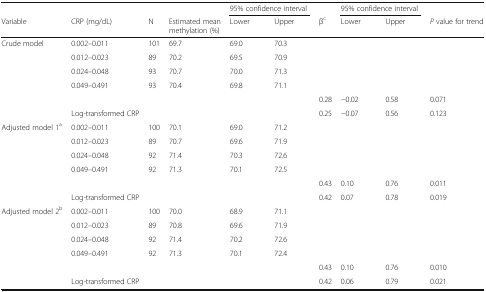
<table><thead><tr><td></td><td></td><td></td><td></td><td colspan="2"><b>95% confidence interval</b></td><td></td><td colspan="2"><b>95% confidence interval</b></td><td></td></tr><tr><td><b>Variable</b></td><td><b>CRP (mg/dL)</b></td><td><b>N</b></td><td><b>Estimated mean methylation (%)</b></td><td><b>Lower</b></td><td><b>Upper</b></td><td><b>β<sup>c</sup></b></td><td><b>Lower</b></td><td><b>Upper</b></td><td><b><i>P</i> value for trend</b></td></tr></thead><tbody><tr><td>Crude model</td><td>0.002–0.011</td><td>101</td><td>69.7</td><td>69.0</td><td>70.3</td><td></td><td></td><td></td><td></td></tr><tr><td></td><td>0.012–0.023</td><td>89</td><td>70.2</td><td>69.5</td><td>70.9</td><td></td><td></td><td></td><td></td></tr><tr><td></td><td>0.024–0.048</td><td>93</td><td>70.7</td><td>70.0</td><td>71.3</td><td></td><td></td><td></td><td></td></tr><tr><td></td><td>0.049–0.491</td><td>93</td><td>70.4</td><td>69.8</td><td>71.1</td><td></td><td></td><td></td><td></td></tr><tr><td></td><td></td><td></td><td></td><td></td><td></td><td>0.28</td><td>−0.02</td><td>0.58</td><td>0.071</td></tr><tr><td></td><td>Log-transformed CRP</td><td></td><td></td><td></td><td></td><td>0.25</td><td>−0.07</td><td>0.56</td><td>0.123</td></tr><tr><td>Adjusted model 1<sup>a</sup></td><td>0.002–0.011</td><td>100</td><td>70.1</td><td>69.0</td><td>71.2</td><td></td><td></td><td></td><td></td></tr><tr><td></td><td>0.012–0.023</td><td>89</td><td>70.7</td><td>69.6</td><td>71.9</td><td></td><td></td><td></td><td></td></tr><tr><td></td><td>0.024–0.048</td><td>92</td><td>71.4</td><td>70.3</td><td>72.6</td><td></td><td></td><td></td><td></td></tr><tr><td></td><td>0.049–0.491</td><td>92</td><td>71.3</td><td>70.1</td><td>72.5</td><td></td><td></td><td></td><td></td></tr><tr><td></td><td></td><td></td><td></td><td></td><td></td><td>0.43</td><td>0.10</td><td>0.76</td><td>0.011</td></tr><tr><td></td><td>Log-transformed CRP</td><td></td><td></td><td></td><td></td><td>0.42</td><td>0.07</td><td>0.78</td><td>0.019</td></tr><tr><td>Adjusted model 2<sup>b</sup></td><td>0.002–0.011</td><td>100</td><td>70.0</td><td>68.9</td><td>71.1</td><td></td><td></td><td></td><td></td></tr><tr><td></td><td>0.012–0.023</td><td>89</td><td>70.8</td><td>69.6</td><td>71.9</td><td></td><td></td><td></td><td></td></tr><tr><td></td><td>0.024–0.048</td><td>92</td><td>71.4</td><td>70.2</td><td>72.6</td><td></td><td></td><td></td><td></td></tr><tr><td></td><td>0.049–0.491</td><td>92</td><td>71.3</td><td>70.1</td><td>72.4</td><td></td><td></td><td></td><td></td></tr><tr><td></td><td></td><td></td><td></td><td></td><td></td><td>0.43</td><td>0.10</td><td>0.76</td><td>0.010</td></tr><tr><td></td><td>Log-transformed CRP</td><td></td><td></td><td></td><td></td><td>0.42</td><td>0.06</td><td>0.79</td><td>0.021</td></tr></tbody></table>